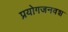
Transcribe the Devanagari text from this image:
प्रयोगजनवश